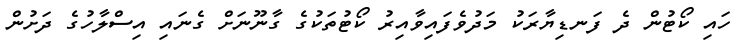
ހައި ކޯޓުން ދެ ފަނޑިޔާރަކު މަދުވެފައިވާއިރު ކޯޓުތަކުގެ ގާނޫނަށް ގެނައި އިސްލާހުގެ ދަށުން